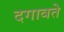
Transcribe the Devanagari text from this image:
दगावते